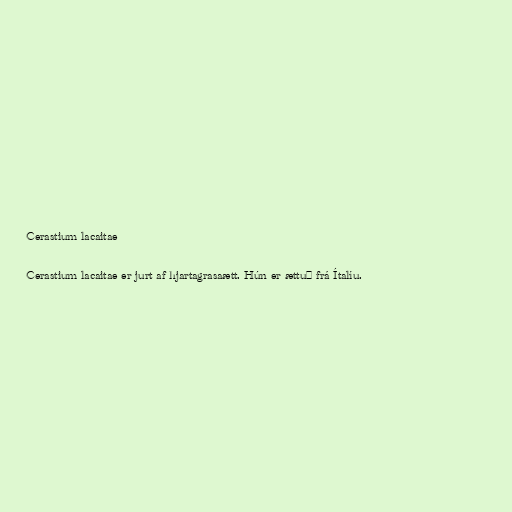
Cerastium lacaitae

Cerastium lacaitae er jurt af hjartagrasaætt. Hún er ættuð frá Ítalíu.